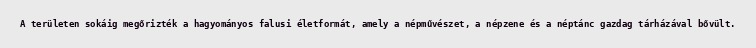
A területen sokáig megőrizték a hagyományos falusi életformát, amely a népművészet, a népzene és a néptánc gazdag tárházával bővült.